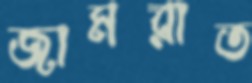
জামরাত